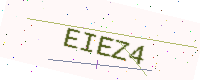
Text: EIEZ4